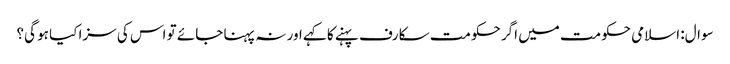
سوال: اسلامی حکومت میں اگر حکومت سکارف پہنے کا کہے اور نہ پہنا جائے تو اس کی سزا کیا ہو گی؟